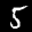
Label: 5